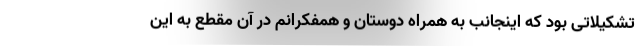
تشکیلاتی بود که اینجانب به همراه دوستان و همفکرانم در آن مقطع به این